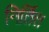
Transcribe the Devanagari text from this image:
निर्तित